Report on vaccination in the Province of Bengal - 1874-1889
Year: 1874
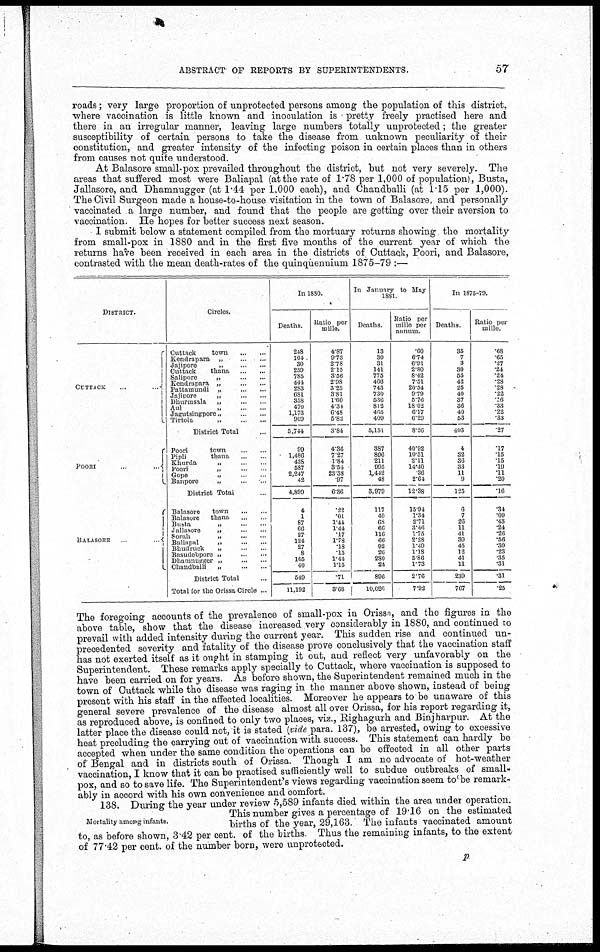
ABSTRACT OF REPORTS BY SUPERINTENDENTS.
57
roads; very large proportion of unprotected persons among the population of this district.
where vaccination is little known and inoculation is - pretty freely practised here and
there in an irregular manner, leaving large numbers totally unprotected; the greater
susceptibility of certain persons to take the disease from unknown peculiarity of their
constitution, and greater intensity of the infecting poison in certain places than in others
from causes not quite understood.
At Balasore small-pox prevailed throughout the district, but not very severely. The
areas that suffered most were Baliapal (at the rate of 1.78 per 1,000 of population), Busta,
Jallasore, and Dhamnugger (at 1.44 per 1,000 each), and Chandballi (at 1.15 per 1,000).
The Civil Surgeon made a house-to-house visitation in the town of Balasore, and personally
vaccinated a large number, and found that the people are getting over their aversion to
vaccination. He hopes for better success next season.
I submit below a statement compiled from the mortuary returns showing the mortality
from small-pox in 1880 and in the first five months of the current year of which the
returns have been received in each area in the districts of Cuttack, Poori, and Balasore,
contrasted with the mean death-rates of the quinquennium 1875-79 :—
DISTRICT.
CUTTACK
...
...
POORI
...
...
BALASORE
...
Circles.
Cuttack
town
...
...
Kendrapara „ ... ...
Jajipore
„
...
...
Cuttack
thana
...
...
Sahpore
„ ... ...
Kendrapara „
...
...
Pattamundi „ ... ...
Jajipore
„
...
...
Dhurmsala „ ... ...
Aul
„
...
...
Jagutsingporo „ ... ...
Tirtola
„
...
...
District Total ...
Poori
town ... ...
Pipli
thana ... ...
Khurda „ ... ...
Poori
„ ... ...
Gope „ ... ...
Banpore „ ... ...
District Total ...
Balasore
town ... ...
Balasore
thana ... ...
Busta
„
...
...
Jallasore
„
...
...
Sorah „ ... ...
Baliapal
„
...
...
Bhudruck „ ... ...
Basudebpore „
...
...
Dhamnugger „ ... ...
Chandballi „ ... ...
District Total ...
Total for the Orissa Circle ...
In 1880.
Deaths.
248
104
30
259
785
444
283
681
358
470
1,173
909
5,744
99
1,486
438
587
2,247
42
4,899
4
1
87
66
27
124
27
8
165
40
549
11,192
Ratio per
mille.
4.87
9.73
2.78
2.15
3.56
2.98
3.25
3.81
1.60
4.34
6.48
5.82
3.84
4.36
7.27
1.84
3.54
23.38
97
6.36
.22
.01
1.44
1.44
.17
1.78
.18
15
1.44
1.15
.71
3.68
In January to May
1881.
Deaths.
13
30
31
141
775
466
743
730
536
812
465
409
5,151
387
896
211
995
1,442
48
3,979
117
40
68
66
116
66
92
26
280
20
896
10,026
Ratio per
mille per
annum.
60
6.74
6.91
2.80
8.42
7.51
20.54
9.79
5.76
18.02
6.17
6.29
8.26
40.92
10.51
2.11
14.40
36
2.64
12.38
15.94
1.34
2.71
3.46
1.75
2.28
1.49
1.18
5.86
1.73
2.76
7.92
In 1875-79.
Deaths.
35
7
3
30
55
42
25
40
37
36
40
53
403
4
32
36
33
11
9
125
6
7
26
11
41
39
45
12
41
11
239
767
Ratio per
mille.
.68
.65
.27
.24
.24
.28
.28
.22
.16
.33
.22
.33
27
.17
.15
.15
.19
.11
.20
.16
.34
.09
.43
.24
.26
.56
.30
.23
.35
.31
.31
.25
The foregoing accounts of the prevalence of small-pox in Orissa, and the figures in the
above table, show that the disease increased very considerably in 1880, and continued to
prevail with added intensity during the current year. This sudden rise and continued un-
precedented severity and fatality of the disease prove conclusively that the vaccination staff
has not exerted itself as it ought in stamping it out, and reflect very unfavorably on the
Superintendent. These remarks apply specially to Cuttack, where vaccination is supposed to
have been carried on for years. As before shown, the Superintendent remained much in the
town of Cuttack while the disease was raging in the manner above shown, instead of being
present with his staff in the affected localities. Moreover he appears to be unaware of this
general severe prevalence of the disease almost all over Orissa, for his report regarding it,
as reproduced above, is confined to only two places, viz., Righagurh and Binjharpur. At the
latter place the disease could not, it is stated (vide para. 137), be arrested, owing to excessive
heat precluding the carrying out of vaccination with success. This statement can hardly be
accepted when under the same condition the operations can be effected in all other parts
of Bengal and in districts south of Orissa. Though I am no advocate of hot-weather
vaccination, I know that it can be practised sufficiently well to subdue outbreaks of small-
pox, and so to save life. The Superintendent's views regarding vaccination seem to be remark-
ably in accord with his own convenience and comfort.
Mortality among infants.
138. During the year under review 5,589 infants died within the area under operation.
This number gives a percentage of 19.16 on the estimated
births of the year, 29,163. The infants vaccinated amount
to, as before shown, 3.42 per cent. of the births. Thus the remaining infants, to the extent
of 77.42 per cent. of the number born, were unprotected.
p